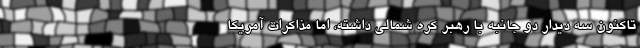
تاکنون سه دیدار دو جانبه با رهبر کره شمالی داشته، اما مذاکرات آمریکا